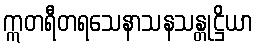
ဣတရီတရသေနာသနသန္တုဋ္ဌိယာ